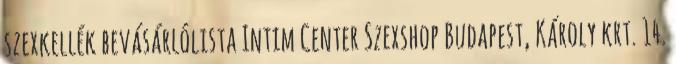
szexkellék bevásárlólista Intim Center Szexshop Budapest, Károly krt. 14.